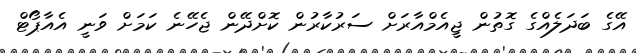
އޭގެ ބަދަލެއްގެ ގޮތުން ޖީއެމްއާރަށް ސަރުކާރުން ކޮށްދޭން ޖެހޭނެ ކަމަށް ވަނީ އެއާޕޯޓް